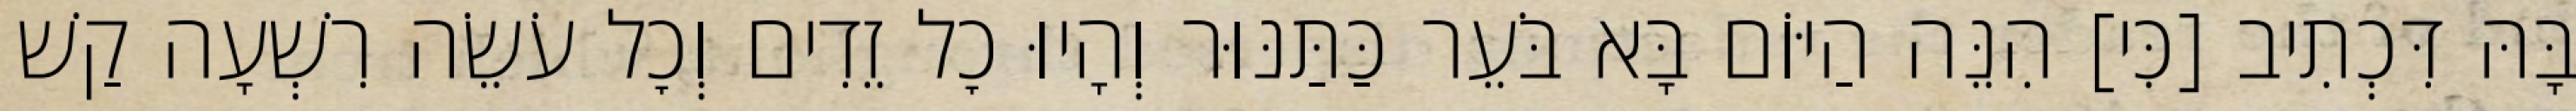
בָּהּ דִּכְתִיב [כִּי] הִנֵּה הַיּוֹם בָּא בֹּעֵר כַּתַּנּוּר וְהָיוּ כׇל זֵדִים וְכׇל עֹשֵׂה רִשְׁעָה קַשׁ